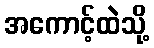
အကောင့်ထဲသို့